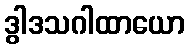
ဒွါဒသဂါထာယော